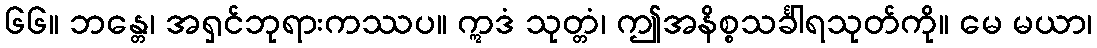
၆၆။ ဘန္တေ၊ အရှင်ဘုရားကဿပ။ ဣဒံ သုတ္တံ၊ ဤအနိစ္စသင်္ခါရသုတ်ကို။ မေ မယာ၊